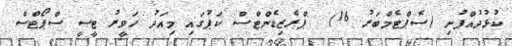
ކުޅުދުއްފުށި (ސެޕްޓެމްބަރު 16)  ޕްރެޒިޑެންޓްސް ކަޕުގައި މިއަދު ހަވީރު ޓީސީ ސްޕޯޓްސް